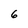
Character: 6